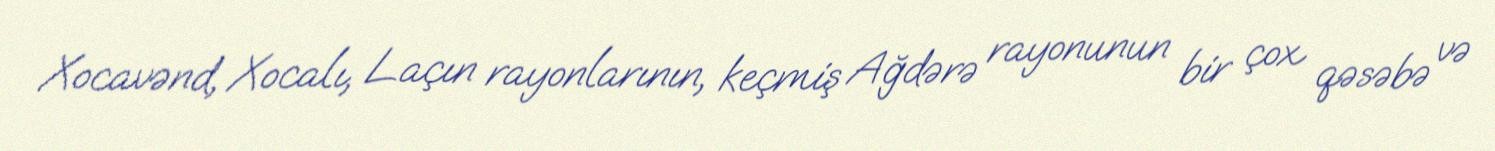
Xocavənd, Xocalı, Laçın rayonlarının, keçmiş Ağdərə rayonunun bir çox qəsəbə və